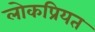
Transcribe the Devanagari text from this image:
लोकप्रियत